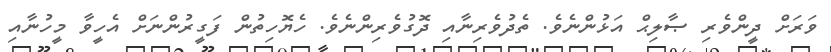
ވަރަށް ދީންވެރި ޞާލިޙް އަޅުންނެވެ. ތެދުވެރިނާއި ދޮގުވެރިންނެވެ. ހެޔޮހިތުން ފަގީރުންނަށް އެހީވާ މީހުނާއި